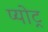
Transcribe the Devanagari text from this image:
प्योट्र